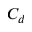
C _ { d }